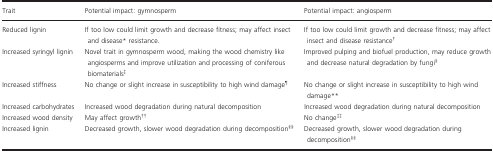
| Trait | Potential impact: gymnosperm | Potential impact: angiosperm |
 | --- | --- | --- |
 | Reduced lignin | If too low could limit growth and decrease fitness; may affect insect and disease* resistance. | If too low could limit growth and decrease fitness; may affect insect and disease resistance† |
 | Increased syringyl lignin | Novel trait in gymnosperm wood, making the wood chemistry like angiosperms and improve utilization and processing of coniferous biomaterials‡ | Improved pulping and biofuel production, may reduce growth and decrease natural degradation by fungi§ |
 | Increased stiffness | No change or slight increase in susceptibility to high wind damage¶ | No change or slight increase in susceptibility to high wind damage** |
 | Increased carbohydrates | Increased wood degradation during natural decomposition | Increased wood degradation during natural decomposition |
 | Increased wood density | May affect growth†† | No change‡‡ |
 | Increased lignin | Decreased growth, slower wood degradation during decomposition§§ | Decreased growth, slower wood degradation during decomposition§§ |